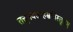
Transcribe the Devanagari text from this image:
तत्तुनवसाहस्रविस्तृतम्